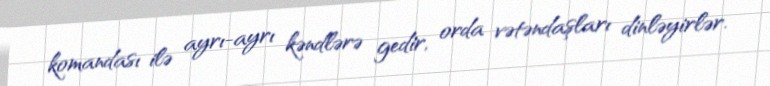
komandası ilə ayrı-ayrı kəndlərə gedir, orda vətəndaşları dinləyirlər.